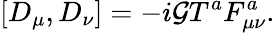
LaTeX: [D_{\mu},D_{\nu}]=-i\mathcal{G}T^{a}F_{\mu\nu}^{a}.